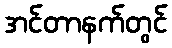
အင်တာနက်တွင်